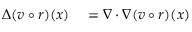
\begin{array} { r l } { \Delta ( v \circ r ) ( x ) } & { { } = \nabla \cdot \nabla ( v \circ r ) ( x ) } \end{array}